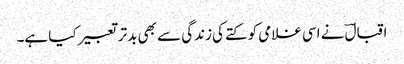
اقبالؔ نے اسی غلامی کو کتے کی زندگی سے بھی بدتر تعبیر کیا ہے۔